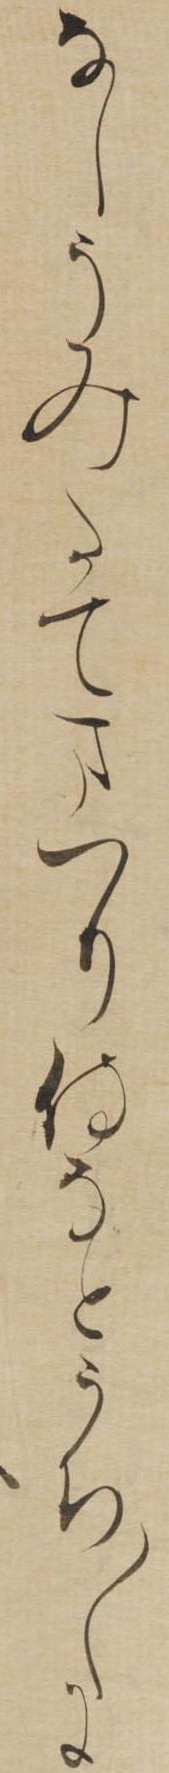
なしうみたてまつり侍なとうち〱に